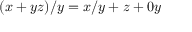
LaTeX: ( x + y z ) / y = x / y + z + 0 y